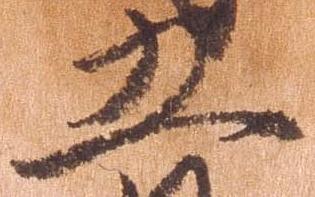
五